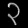
Digit: ၃